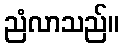
ညံလာသည်။